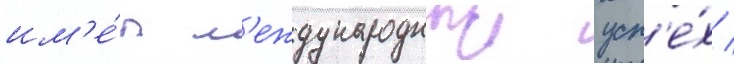
им'е́л м'еждународныи усп'е́х /